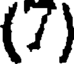
(7)